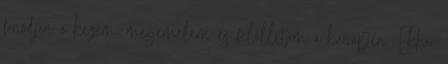
fonódjon a kezem, megemelem és felállítom a kanapén. Ekkor